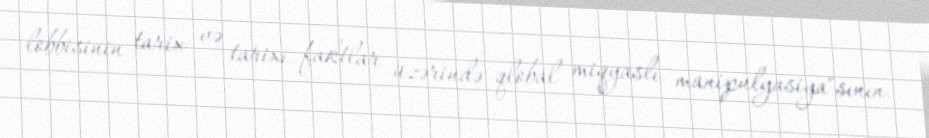
lobbisinin tarix və tarixi faktlar üzərində qlobal miqyaslı manipulyasiya"sının